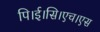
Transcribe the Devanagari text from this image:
पि।ई।सि।एच।एस